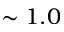
\sim 1 . 0